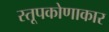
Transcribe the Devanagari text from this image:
स्तूपकोणाकार